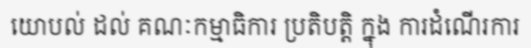
យោបល់ ដល់ គណៈកម្មាធិការ ប្រតិបត្តិ ក្នុង ការដំណើរការ